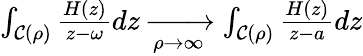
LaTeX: \begin{array}{r}{\int_{\mathcal{C}(\rho)}\frac{H(z)}{z-\omega}dz\xrightarrow[\rho\rightarrow\infty]{}\int_{\mathcal{C}(\rho)}\frac{H(z)}{z-a}dz}\end{array}